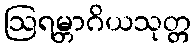
ဩရမ္ဘာဂိယသုတ္တ